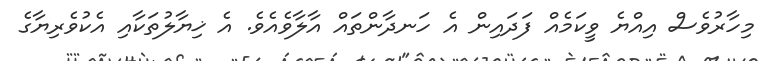
މިހާރުވެސް އިއްޔެ ވީކަމެއް ފަދައިން އެ ހަނދާންތައް އާލާވެއެވެ. އެ ޚިޔާލުތަކާއި އެކުވެރިޔާގެ